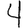
Digit: 4